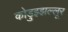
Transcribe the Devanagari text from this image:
कोडुझ्झल्लूर